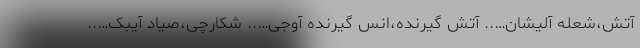
آتش،شعله آلیشان….. آتش گیرنده،انس گیرنده آوجی….. شکارچی،صیاد آیبک…..